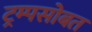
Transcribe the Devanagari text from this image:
ट्रम्पसोबत